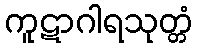
ကူဋာဂါရသုတ္တံ